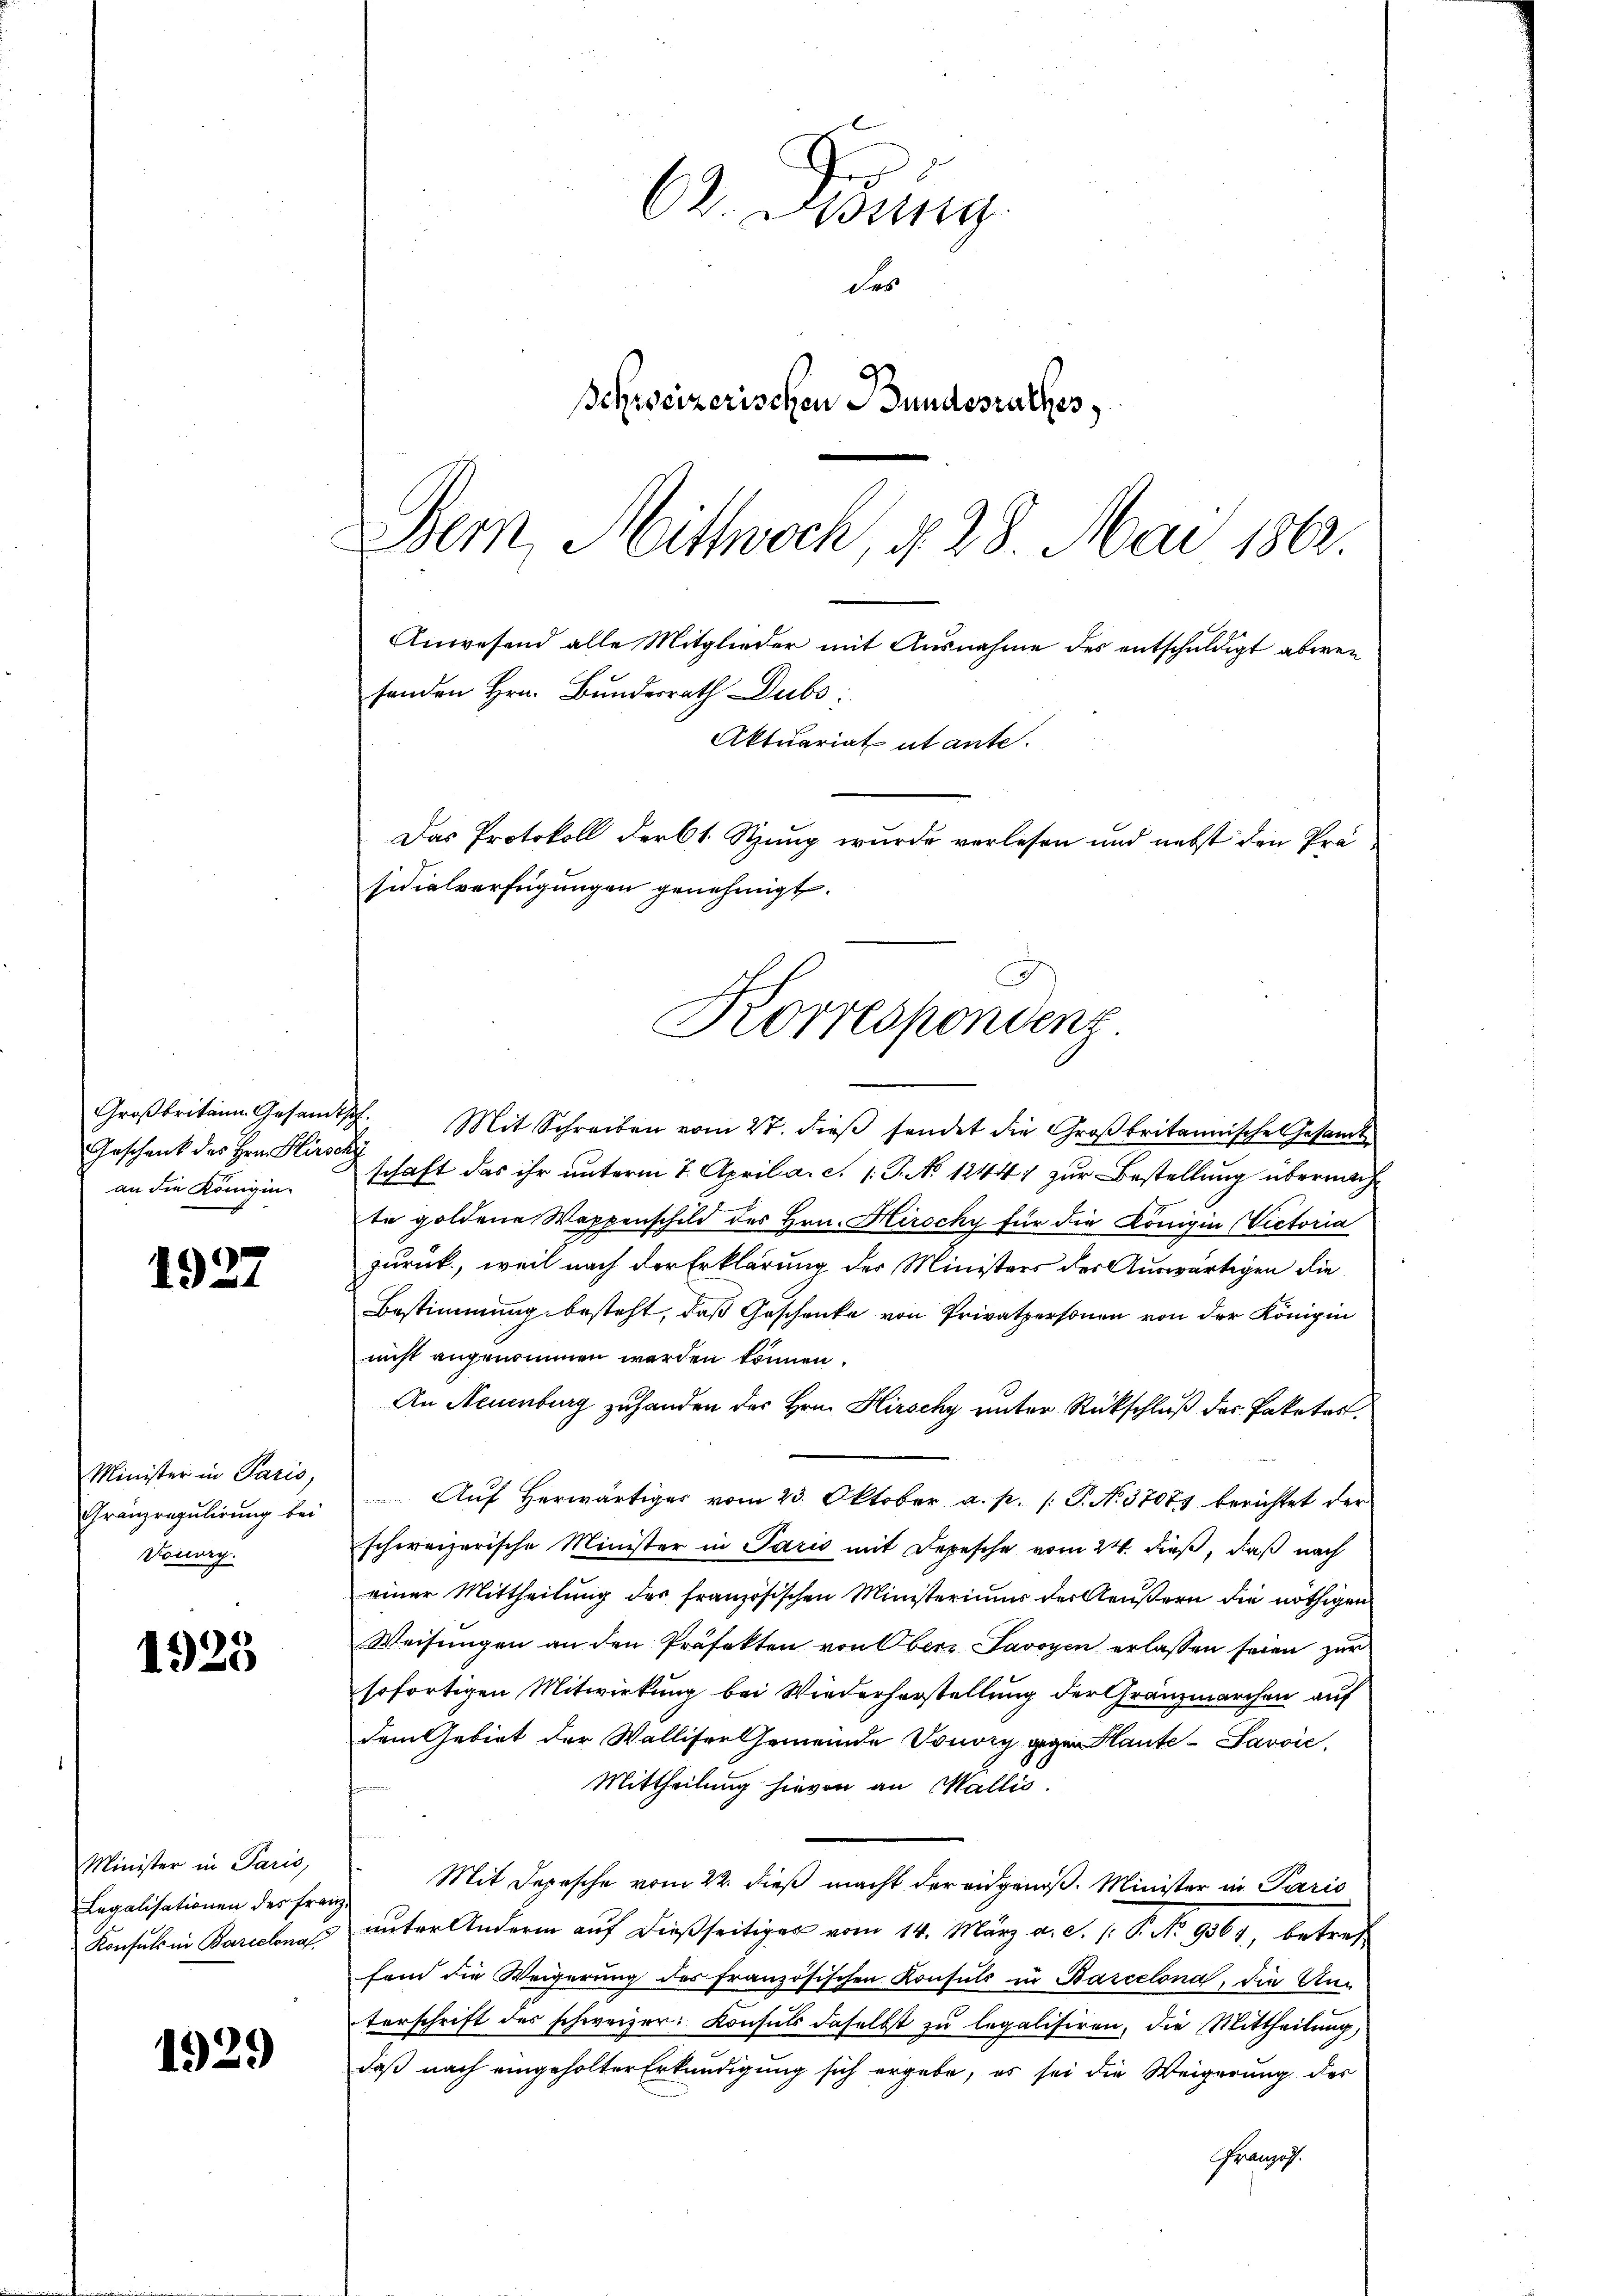
Geschenk des Hrn. Hirschi
an die Königin¬

1927

Minister in Paris,
Gränzregulirung bei
Touory.

1925

Minister in Paris,
Legalisationen des Frau
Konsuls in Barcelona

1929

Gu
CZ. Ossing
des
Behweizerischen Bundesrathes
Bern, Mittwoch, § 28. Mai 1862.

Anwesend alle Mitglieder mit Ausnahme des entschuldigt aberei
fenden Hrn. Bundesrath Dubs,
Aktuariat ut ante.
Das Protokoll derbt Szung wurde verlesen und nebst den Präsidialverfügungen genehmigt.
Korrespondenz

Groβbritain Gesamtsch. Mit Schreiben vom 27. dieβ sendet die Groβbritannische Gesamt
schaft das ihr unterm 7. April a. c. s. S. Nr. 1244) zur Bestellung übermach
te goldene Wappenschild des Hrn. Hirocky für die Königin Victoria
zurück, weil nach der Erklärung des Ministers der Auswärtigen die
Bestimmung besteht, daß Geschenke von Privatpersonen von der Königin
nicht angenommen werden können.
An Neuenburg zu handen der Hrn. Hirschy unter Rückschluß des Paketes.
Auf herwärtiges vom 23. Oktober a. p. /: P. N. 37075 berichtet der
schweizerische Minister in Paris mit Depesche vom 24. dieß, daß nach
einer Mittheilung der französischen Ministerium der Aeußern die nöthigen
Weisungen an den Präfekten von Obern Savoyen erlassen seien zur
sofortigen Mitwirkung bei Wiederherstellung der Gränzmarchen auf
dem Gebiet der Wallifer Gemeinde Vouvry gegen Kaute-Savvić,
Mittheilung hievon an Wallis.
Mit Depesche vom 22. dieß macht der eidgenoß. Minister in Paris
.
unter Andern auf dießseitiger vom 14. März a. d. 1. P. No. 9361, betref
fand die Weigerung des französischen Konsuls in Barcelona, die An-
terschrift des schweizer. Konsuls daselbst zŭ legalisiren, die Mittheilŭng,
daß nach eingeholter Erkundigung sich ergebe, es sei die Weigerung des
Gränz(...)